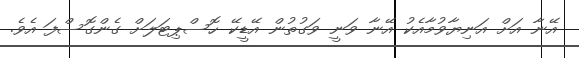
އޭނާ އަށް އަނިޔާވުމާއެކު އޭނާ ވަނީ ވަގުތުން އޭޑީކޭ ހޮސްޕިޓަލަށް ގެންގޮސްފަ އެވެ.